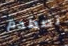
تصطدم